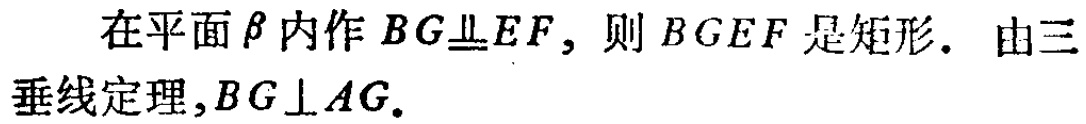
在平面\(\beta\)内作\(BG\underline{\underline{\parallel}}EF\)，则\(BGEF\)是矩形. 由三垂线定理,\(BG\perp AG\).